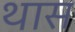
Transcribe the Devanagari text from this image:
थास